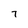
Character: 7